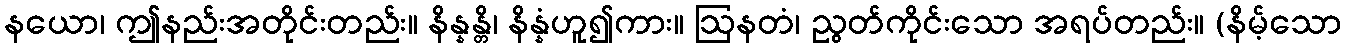
နယော၊ ဤနည်းအတိုင်းတည်း။ နိန္နန္တိ၊ နိန္နံဟူ၍ကား။ ဩနတံ၊ ညွတ်ကိုင်းသော အရပ်တည်း။ (နိမ့်သော